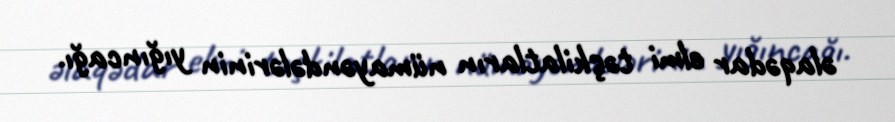
əlaqədar elmi təşkilatların nümayəndələrinin yığıncağı.